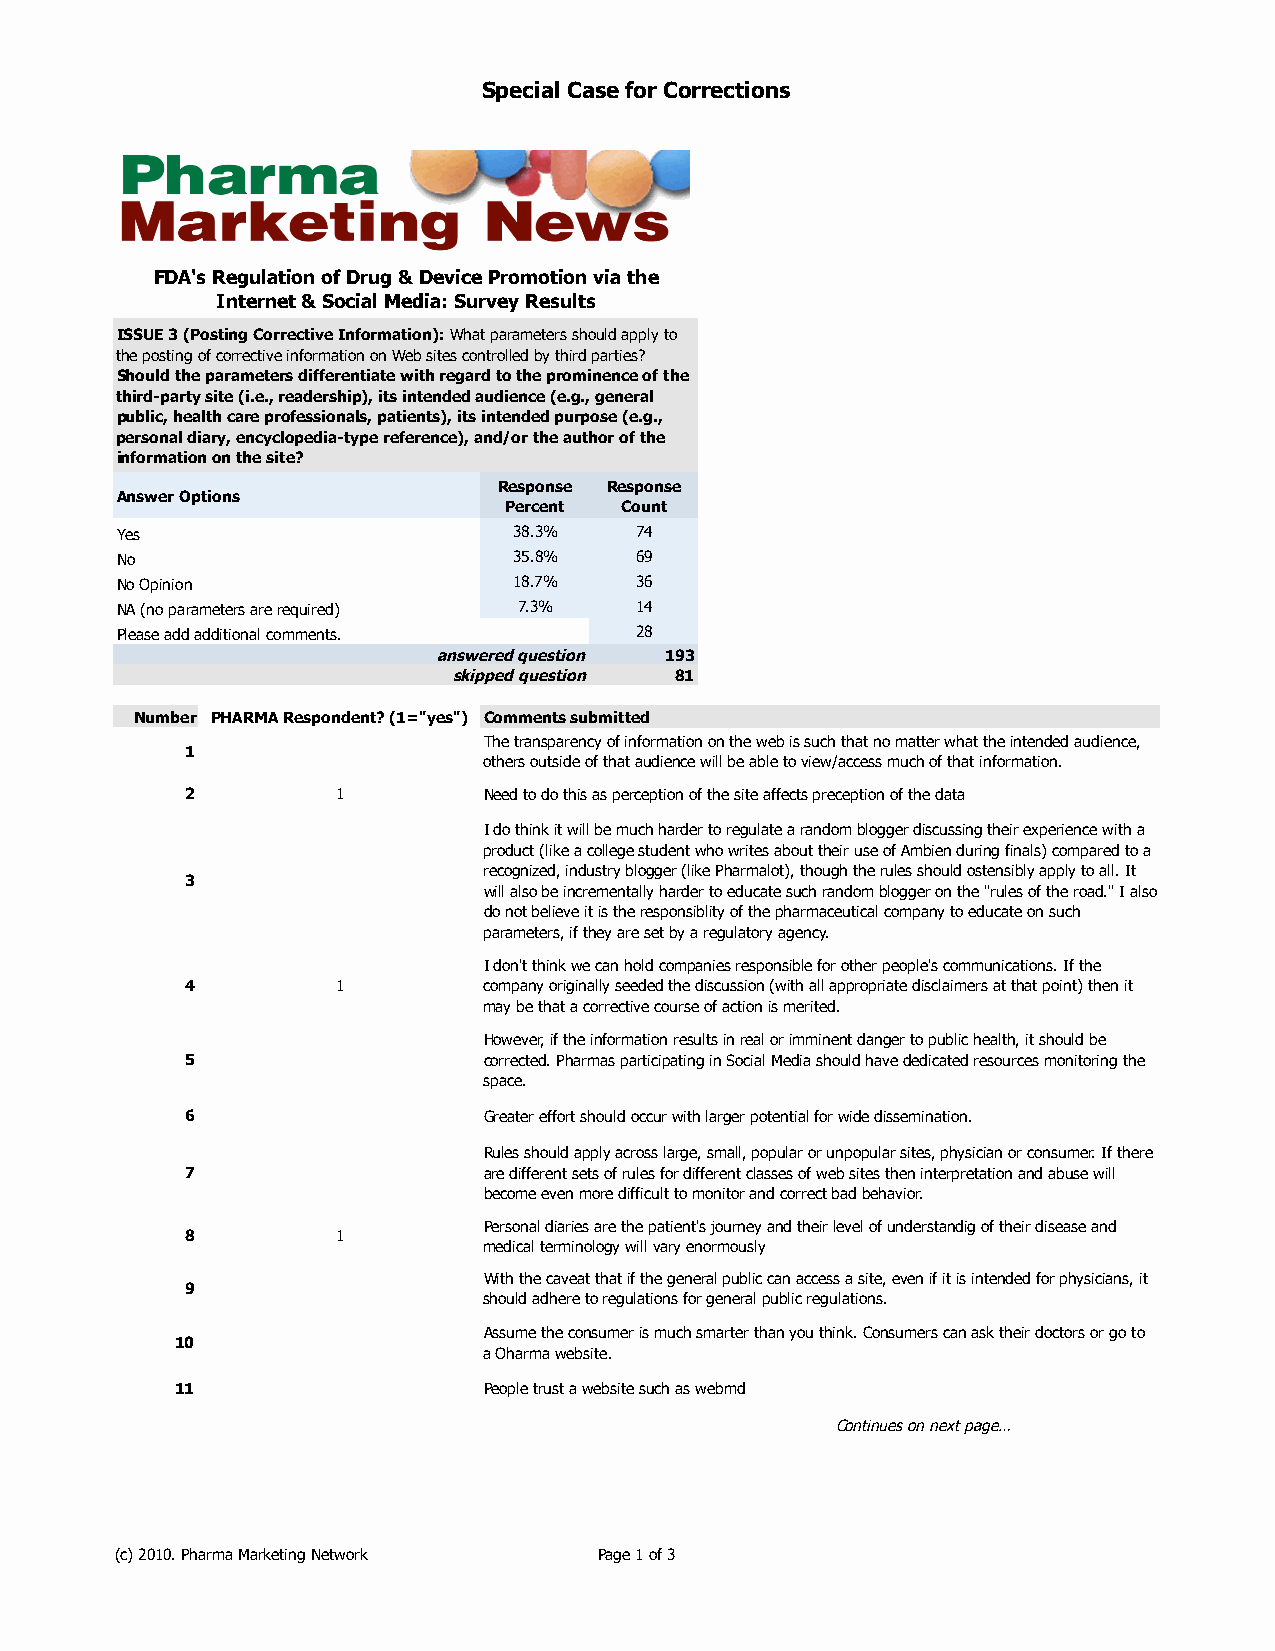
Special Case for Corrections
 FDA's Regulation of Drug & Device Promotion via the
 Internet & Social Media: Survey Results
 ISSUE 3 (Posting Corrective Information): What parameters should apply to
 the posting of corrective information on Web sites controlled by third parties?
 Should the parameters differentiate with regard to the prominence of the
 third-party site (i.e., readership), its intended audience (e.g., general
 public, health care professionals, patients), its intended purpose (e.g.,
 personal diary, encyclopedia-type reference), and/or the author of the
 information on the site?
 Response Response
 Answer Options
 Percent Count
 Yes                       38.3%   74
 No                        35.8%   69
 No Opinion                18.7%   36
 NA (no parameters are required) 7.3% 14
 Please add additional comments.   28
 answered question 193
 skipped question 81
 Number PHARMA Respondent? (1="yes") Comments submitted
 The transparency of information on the web is such that no matter what the intended audience,
 1
 others outside of that audience will be able to view/access much of that information.
 2         1         Need to do this as perception of the site affects preception of the data
 I do think it will be much harder to regulate a random blogger discussing their experience with a
 product (like a college student who writes about their use of Ambien during finals) compared to a
 recognized, industry blogger (like Pharmalot), though the rules should ostensibly apply to all. It
 3
 will also be incrementally harder to educate such random blogger on the "rules of the road." I also
 do not believe it is the responsiblity of the pharmaceutical company to educate on such
 parameters, if they are set by a regulatory agency.
 I don't think we can hold companies responsible for other people's communications. If the
 4         1         company originally seeded the discussion (with all appropriate disclaimers at that point) then it
 may be that a corrective course of action is merited.
 However, if the information results in real or imminent danger to public health, it should be
 5                   corrected. Pharmas participating in Social Media should have dedicated resources monitoring the
 space.
 6                   Greater effort should occur with larger potential for wide dissemination.
 Rules should apply across large, small, popular or unpopular sites, physician or consumer. If there
 7                   are different sets of rules for different classes of web sites then interpretation and abuse will
 become even more difficult to monitor and correct bad behavior.
 Personal diaries are the patient's journey and their level of understandig of their disease and
 8         1
 medical terminology will vary enormously
 With the caveat that if the general public can access a site, even if it is intended for physicians, it
 9
 should adhere to regulations for general public regulations.
 Assume the consumer is much smarter than you think. Consumers can ask their doctors or go to
 10
 a Oharma website.
 11                  People trust a website such as webmd
 Continues on next page…
 (c) 2010. Pharma Marketing Network Page 1 of 3